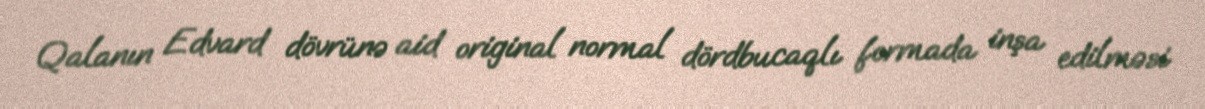
Qalanın Edvard dövrünə aid original normal dördbucaqlı formada inşa edilməsi